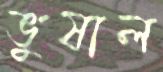
ভুষাল